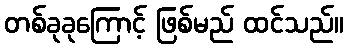
တစ်ခုခုကြောင့် ဖြစ်မည် ထင်သည်။